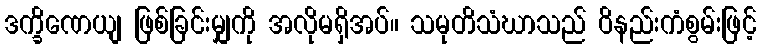
ဒက္ခိဏေယျ ဖြစ်ခြင်းမျှကို အလိုမရှိအပ်။ သမုတိသံဃာသည် ဝိနည်းကံစွမ်းဖြင့်